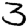
Digit: 3